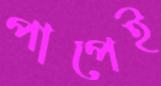
পাপেই